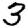
Digit: 3